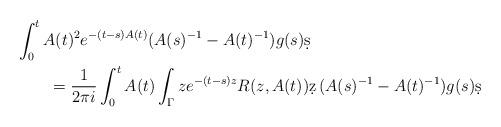
LaTeX: \begin{align*}\MoveEqLeft \int_0^t A(t)^2 e^{-(t-s)A(t)} (A(s)^{-1} - A(t)^{-1}) g(s) \d s \\& = \frac{1}{2\pi i} \int_0^t A(t) \int_{\Gamma} ze^{-(t-s)z} R(z,A(t)) \d z \, (A(s)^{-1} - A(t)^{-1}) g(s) \d s\end{align*}